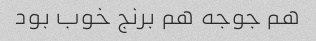
هم جوجه هم برنج خوب بود